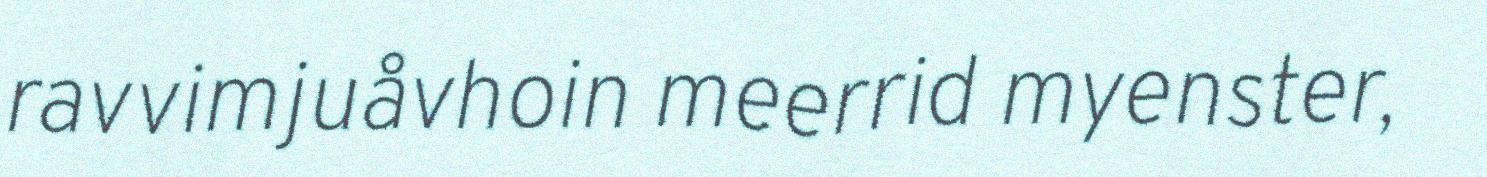
ravvimjuåvhoin meerrid myenster,